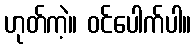
ဟုတ်ကဲ့။ ဝင်ပေါက်ပါ။